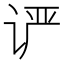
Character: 𰵨